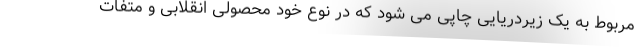
مربوط به یک زیردریایی چاپی می شود که در نوع خود محصولی انقلابی و متفات